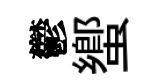
鬱蠁